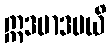
ဣဒမာဒပယိ